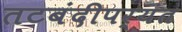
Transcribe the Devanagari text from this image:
तटबंदीपर्यंत